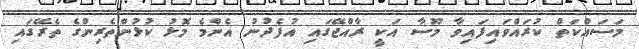
މަސައްކަތް ކުރައްވައިފައިވާ މޫސާ އަކީ ރާއްޖޭގައި އުފެދުނު އެންމެ މޮޅު ކުޅުންތެރިންގެ ތެރޭގައި